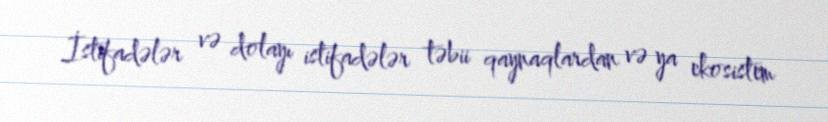
İstifadələr və dolayı istifadələr təbii qaynaqlardan və ya ekosistem